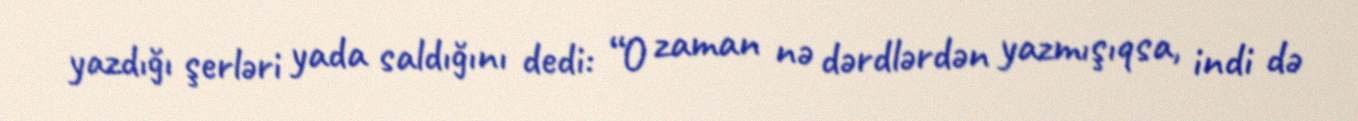
yazdığı şerləri yada saldığını dedi: “O zaman nə dərdlərdən yazmışıqsa, indi də